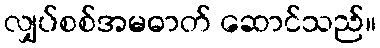
လျှပ်စစ်အမဓာတ် ဆောင်သည်။